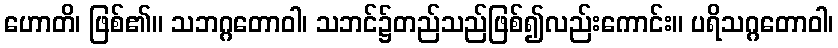
ဟောတိ၊ ဖြစ်၏။ သဘဂ္ဂတောဝါ၊ သဘင်၌တည်သည်ဖြစ်၍လည်းကောင်း။ ပရိသဂ္ဂတောဝါ၊